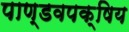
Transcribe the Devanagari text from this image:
पाण्डवपक्षिय